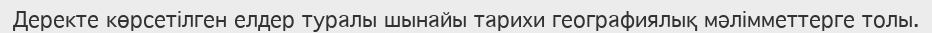
Деректе көрсетілген елдер туралы шынайы тарихи географиялық мәлімметтерге толы.